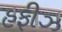
હફીઝ